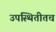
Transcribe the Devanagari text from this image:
उपस्थितीतच